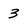
Character: 3